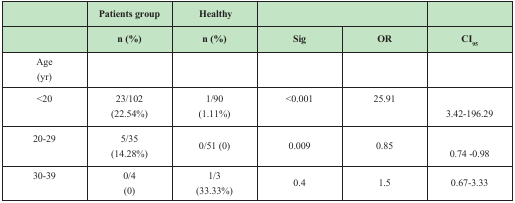
|  | Patients group | Healthy | <COLSPAN=2>  |  |
 |  | n (%) | n (%) | Sig | OR | CI95 |
 | --- | --- | --- | --- | --- | --- |
 | Age (yr) |  |  |  |  |  |
 | <20 | 23/102 (22.54%) | 1/90 (1.11%) | <0.001 | 25.91 | 3.42-196.29 |
 | 20-29 | 5/35 (14.28%) | 0/51 (0) | 0.009 | 0.85 | 0.74 -0.98 |
 | 30-39 | 0/4 (0) | 1/3 (33.33%) | 0.4 | 1.5 | 0.67-3.33 |